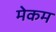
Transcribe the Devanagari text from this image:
मेकम